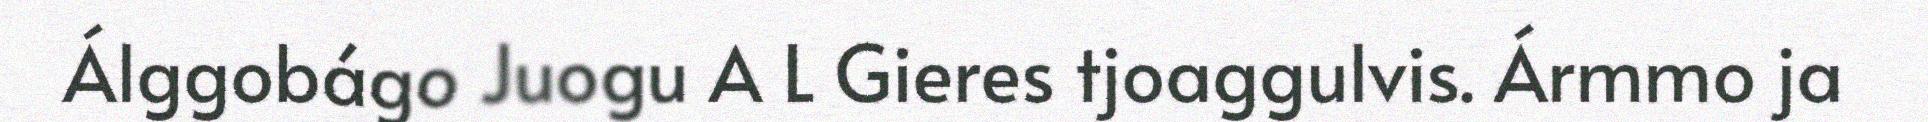
Álggobágo Juogu A L Gieres tjoaggulvis. Ármmo ja